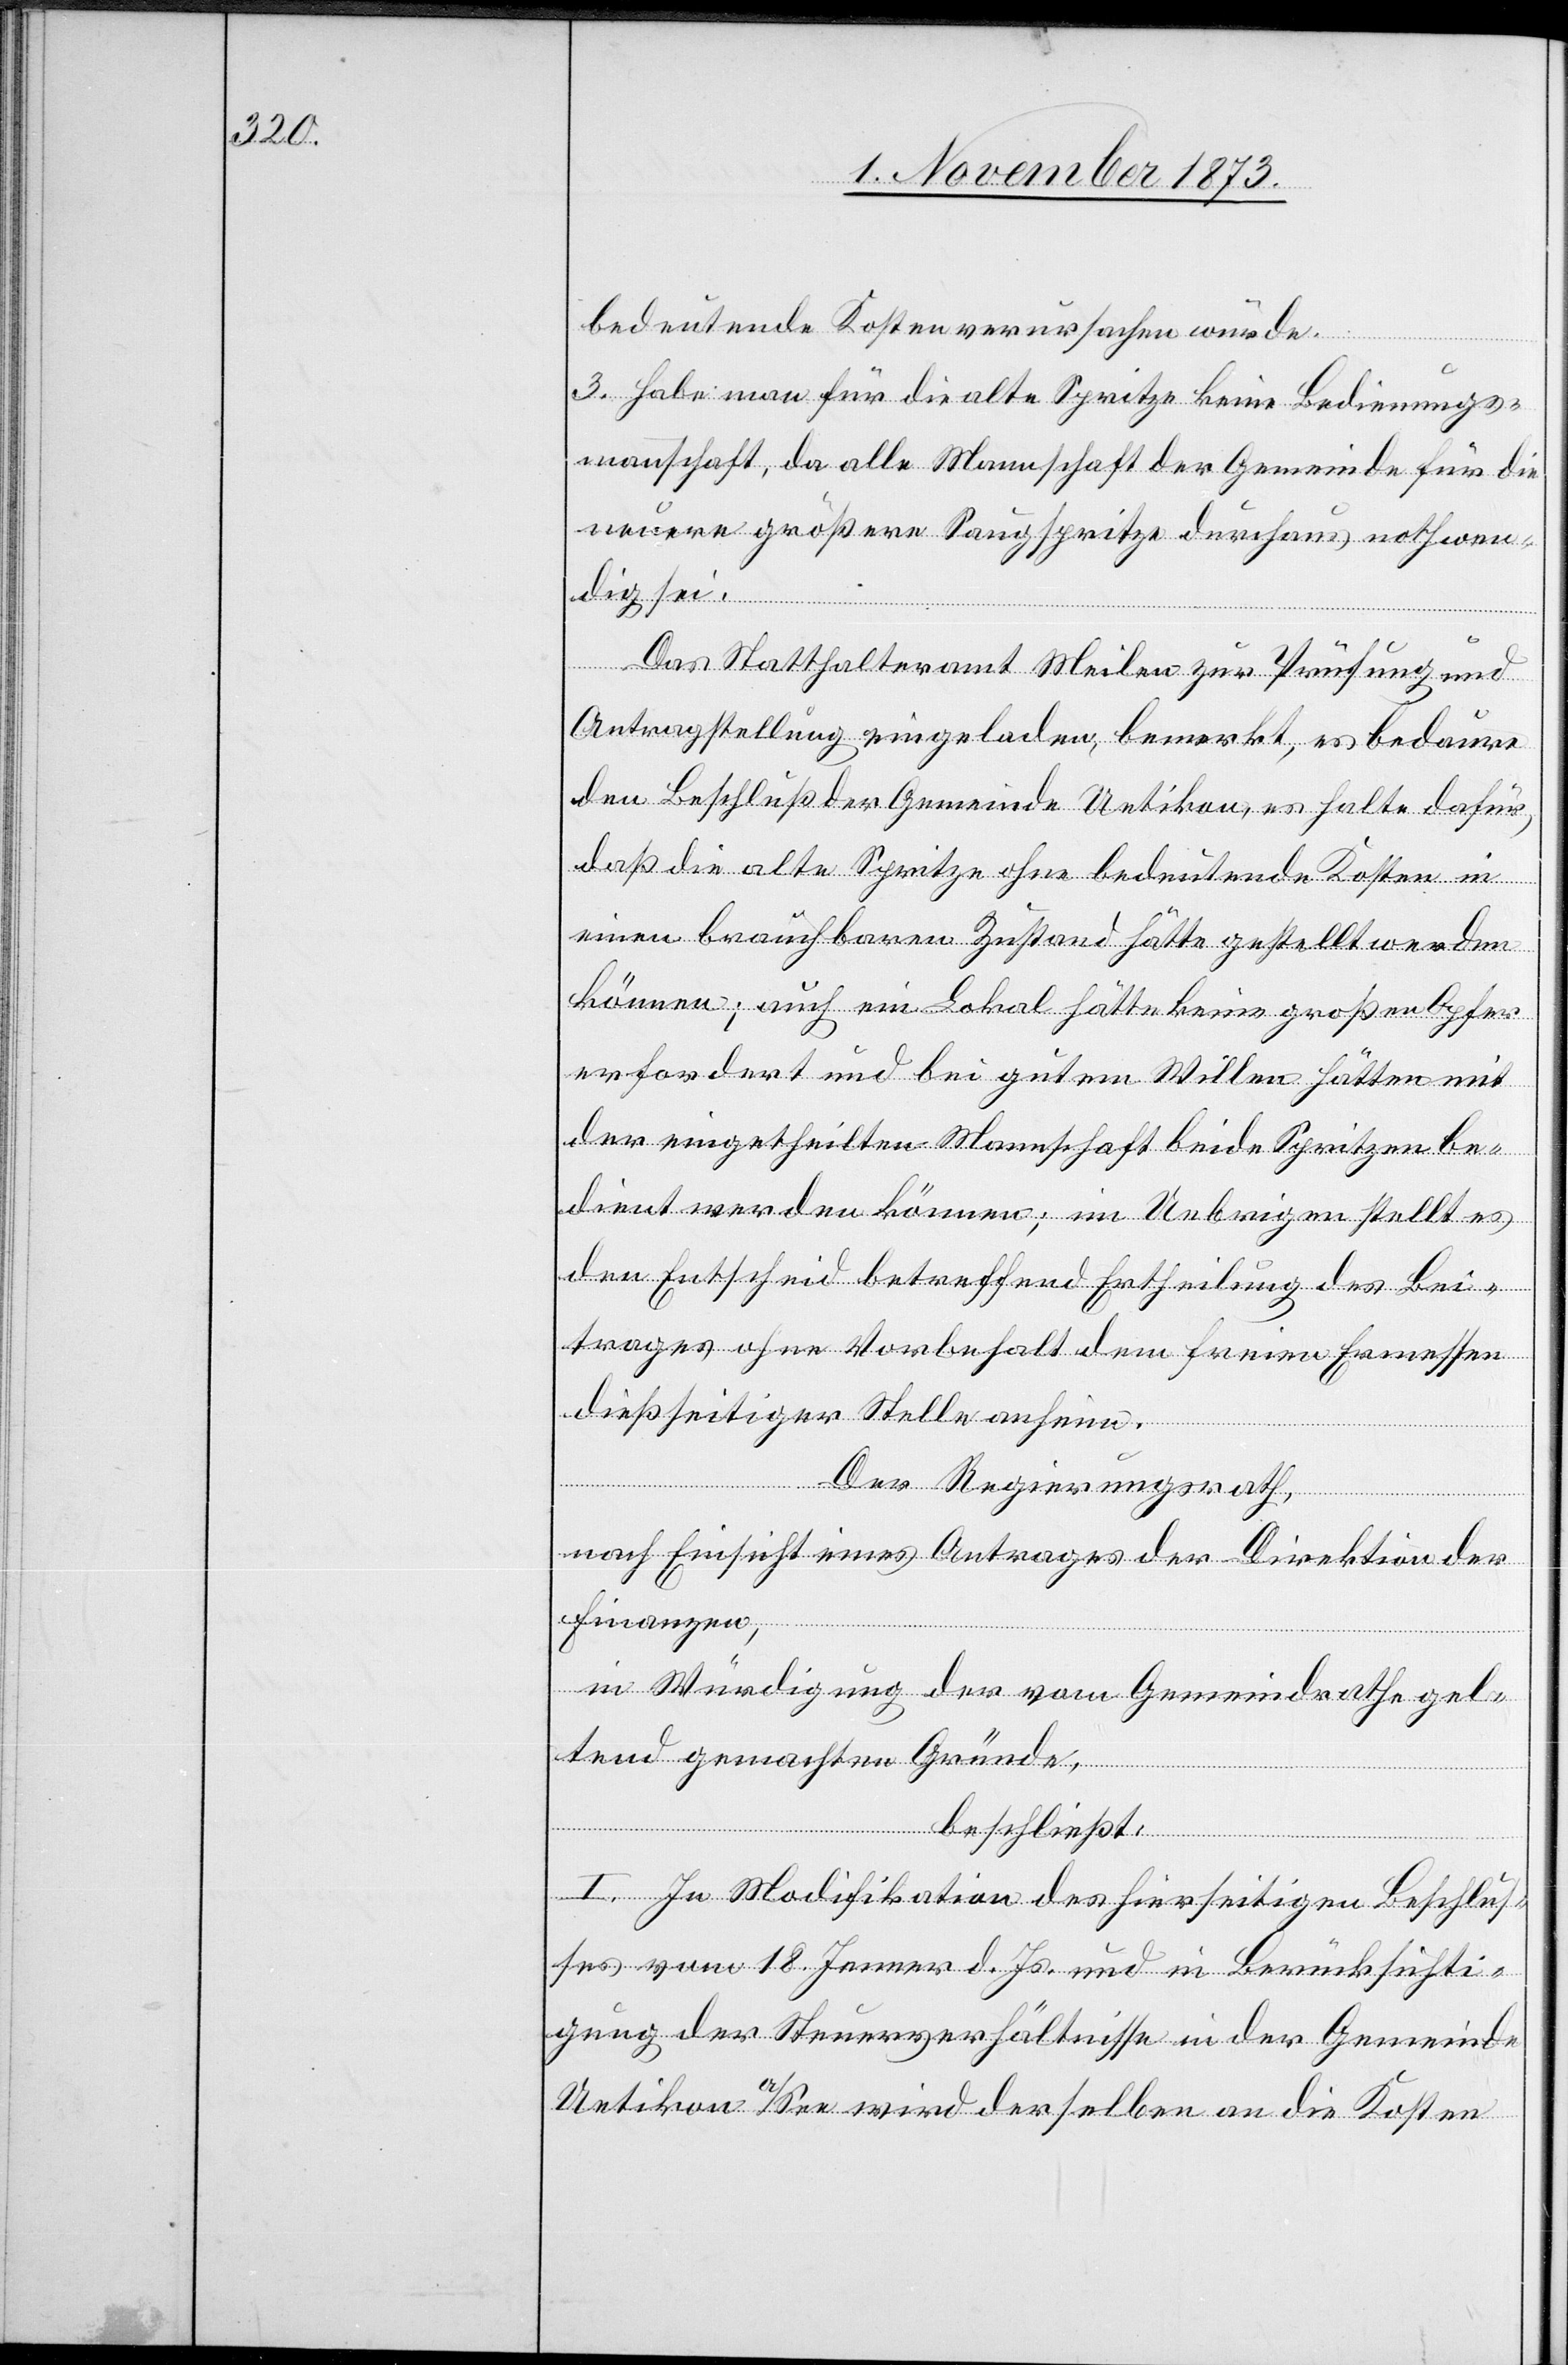
bedeutende Kostenverursachen würde.
3. Habe man für die alte Spritze keine Bedienungs¬
mannschaft, da alle Mannschaft der Gemeinde für die
neuere größere Saugspritze durchaus nothwen¬
dig sei.
Das Statthalteramt Meilen zur Prüfung und
Antragstellung eingeladen, bemerkt, es bedaure
den Beschluß der Gemeinde Uetikon, es halte dafür,
daß die alte Spritze ohne bedeutende Kosten in
einen brauchbaren Zustand hätte gestellt werden
können; auch ein Lokal hätte keine großen Opfer
erfordert und bei gutem Willen hätten mit
der eingetheilten Mannschaft beide Spritzen be¬
dient werden können; im Uebrigen stellt es
den Entscheid betreffend Ertheilung des Bei¬
trages ohne Vorbehalt dem freien Ermessen
dießseitiger Stelle anheim.
Der Regierungsrath,
nach Einsicht eines Antrages der Direktion der
Finanzen,
in Würdigung der vom Gemeindrathe gel¬
tend gemachten Gründe,
beschließt:
I. In Modifikation des hierseitigen Beschlus¬
ses vom 18. Jenner d. Js. und in Berücksichti¬
gung der Steuerverhältnisse in der Gemeinde
Uetikon a/See wird derselben an die Kosten